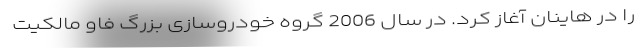
را در هاینان آغاز کرد. در سال 2006 گروه خودروسازی بزرگ فاو مالکیت